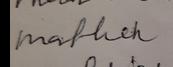
Signature authenticity: forged